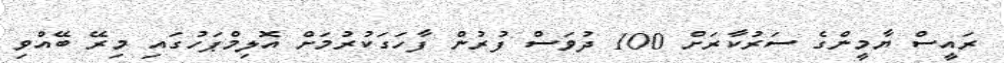
ރައީސް ޔާމީންގެ ސަރުކާރަށް 100 ދުވަސް ފުރުން ފާހަގަކުރުމަށް އޮލިމްޕަހުގައި މިރޭ ބޭއްވި